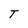
Character: T